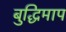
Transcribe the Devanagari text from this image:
बुद्धिमाप